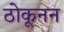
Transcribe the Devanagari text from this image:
ठोकूनन